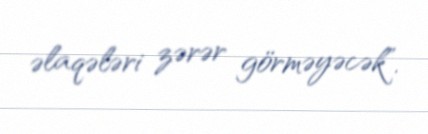
əlaqələri zərər görməyəcək”.